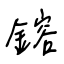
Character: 鎔